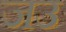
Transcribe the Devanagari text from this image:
जउ